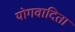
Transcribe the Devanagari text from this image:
योगवादिता